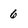
Character: 6